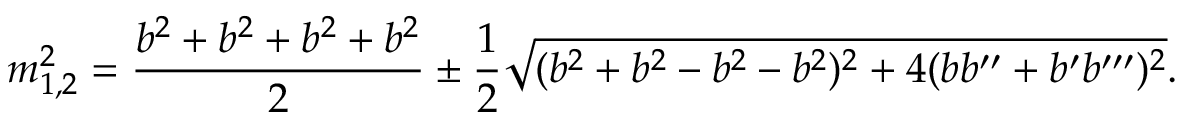
m _ { 1 , 2 } ^ { 2 } = \frac { b ^ { 2 } + b ^ { 2 } + b ^ { 2 } + b ^ { 2 } } { 2 } \pm \frac { 1 } { 2 } \sqrt { ( b ^ { 2 } + b ^ { 2 } - b ^ { 2 } - b ^ { 2 } ) ^ { 2 } + 4 ( b b ^ { \prime \prime } + b ^ { \prime } b ^ { \prime \prime \prime } ) ^ { 2 } } .